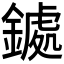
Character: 𮢹